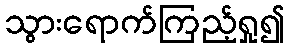
သွားရောက်ကြည့်ရှု၍